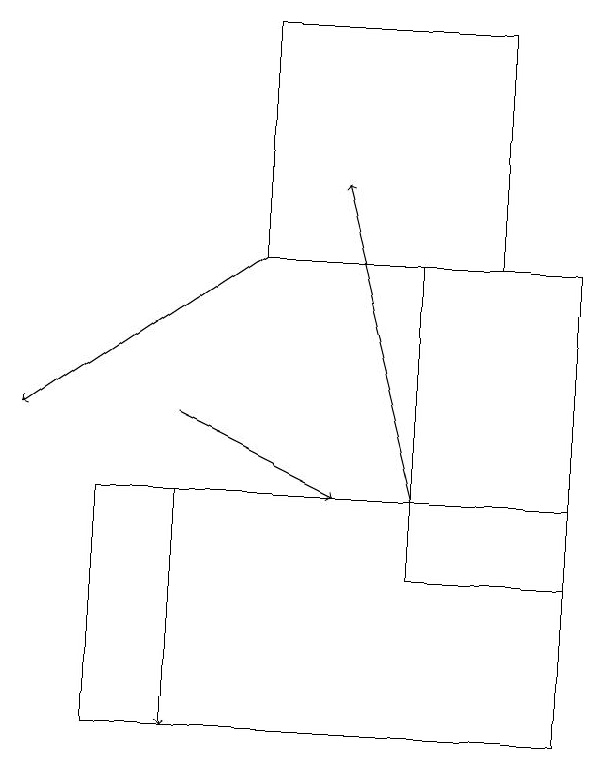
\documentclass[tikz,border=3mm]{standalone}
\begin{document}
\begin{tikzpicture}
\draw (8,16) rectangle (6,12);
\draw (8,10) rectangle (2,13);
\draw[->] (3,13) -- (3,10);
\draw[->] (4,16) -- (1,14);
\draw[->] (6,13) -- (5,17);
\draw[->] (3,14) -- (5,13);
\draw (7,16) rectangle (4,19);
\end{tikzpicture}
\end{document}